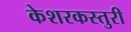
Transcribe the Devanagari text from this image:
केशरकस्तुरी